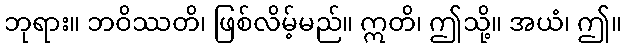
ဘုရား။ ဘဝိဿတိ၊ ဖြစ်လိမ့်မည်။ ဣတိ၊ ဤသို့။ အယံ၊ ဤ။